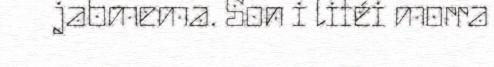
jabmema. Son i liféi morra